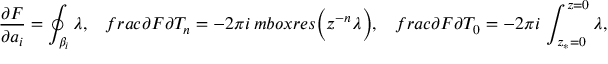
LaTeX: \frac { \partial F } { \partial a _ { i } } = \oint _ { \beta _ { i } } \lambda , \ \ \, f r a c { \partial F } { \partial T _ { n } } = - 2 \pi i \, m b o x { r e s } \Big ( z ^ { - n } \lambda \Big ) , \ \ \, f r a c { \partial F } { \partial T _ { 0 } } = - 2 \pi i \, \int _ { z _ { * } = 0 } ^ { z = 0 } \lambda ,